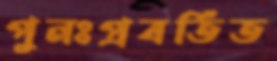
পুনঃপ্রবর্তিত